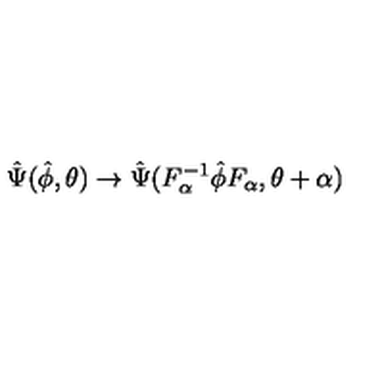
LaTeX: \hat { \Psi } ( \hat { \phi } , \theta ) \rightarrow \hat { \Psi } ( F _ { \alpha } ^ { - 1 } \hat { \phi } F _ { \alpha } , \theta + \alpha )